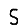
Digit: 5